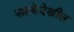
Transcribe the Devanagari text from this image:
नाटकेदेखील